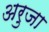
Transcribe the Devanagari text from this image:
अरुजा